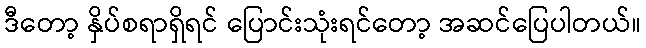
ဒီတော့ နှိပ်စရာရှိရင် ပြောင်းသုံးရင်တော့ အဆင်ပြေပါတယ်။